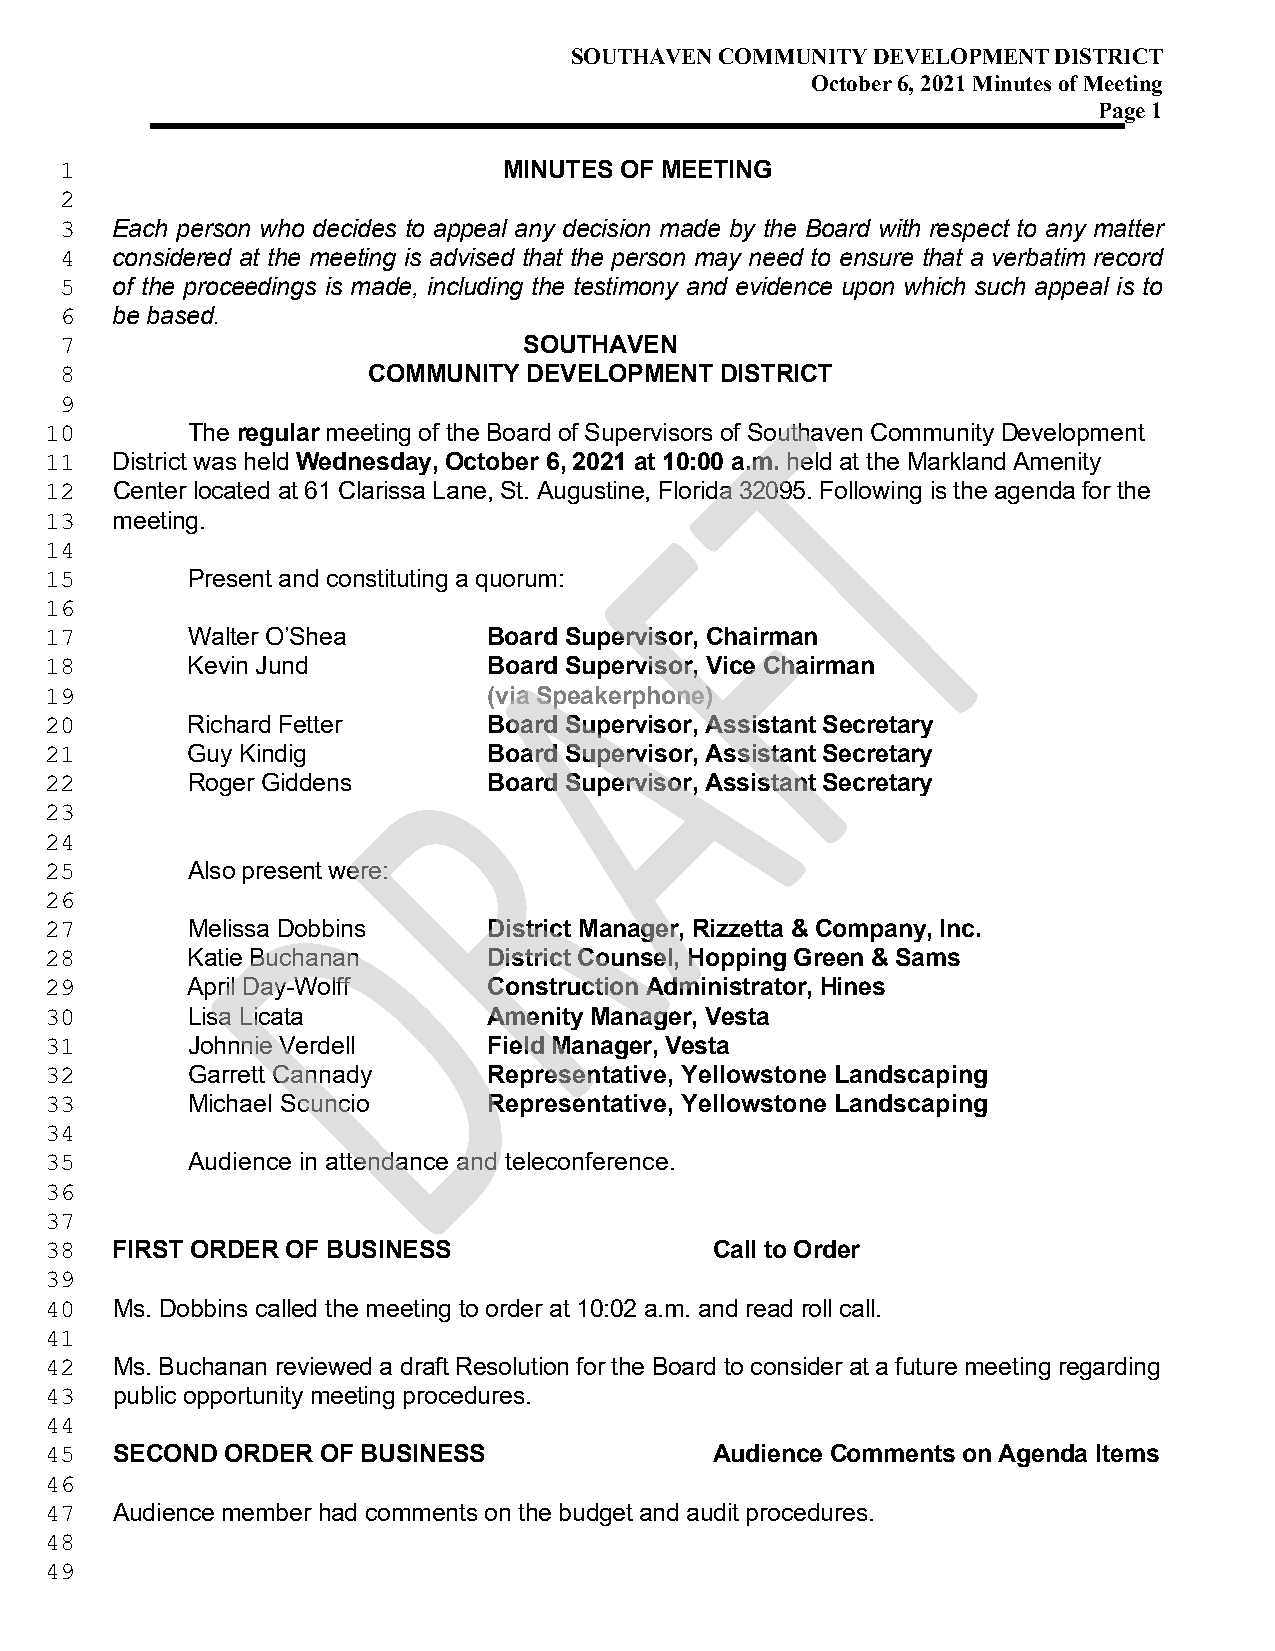
SOUTHAVEN COMMUNITY DEVELOPMENT DISTRICT
 October 6, 2021 Minutes of Meeting
 Page 1
 MINUTES OF MEETING
 1
 2
 Each person who decides to appeal any decision made by the Board with respect to any matter
 3
 considered at the meeting is advised that the person may need to ensure that a verbatim record
 4
 of the proceedings is made, including the testimony and evidence upon which such appeal is to
 5
 be based.
 6
 SOUTHAVEN
 7
 COMMUNITY  DEVELOPMENT  DISTRICT
 8
 9
 The regular meeting of the Board of Supervisors of Southaven Community Development
 10
 District was held Wednesday, October 6, 2021 at 10:00 a.m. held at the Markland Amenity
 11
 Center located at 61 Clarissa Lane, St. Augustine, Florida 32095. Following is the agenda for the
 12
 meeting.
 13
 14
 Present and constituting a quorum:
 15
 16
 Walter O’Shea       Board Supervisor, Chairman
 17
 Kevin Jund          Board Supervisor, Vice Chairman
 18
 (via Speakerphone)
 19
 Richard Fetter      Board Supervisor, Assistant Secretary
 20
 Guy Kindig          Board Supervisor, Assistant Secretary
 21
 Roger Giddens       Board Supervisor, Assistant Secretary
 22
 23
 24
 Also present were:
 25
 26
 Melissa Dobbins     District Manager, Rizzetta & Company, Inc.
 27
 Katie Buchanan      District Counsel, Hopping Green & Sams
 28
 April Day-Wolff     Construction Administrator, Hines
 29
 Lisa Licata         Amenity Manager, Vesta
 30
 Johnnie Verdell     Field Manager, Vesta
 31
 Garrett Cannady     Representative, Yellowstone Landscaping
 32
 Michael Scuncio     Representative, Yellowstone Landscaping
 33
 34
 Audience in attendance and teleconference.
 35
 36
 37
 FIRST ORDER OF BUSINESS                 Call to Order
 38
 39
 Ms. Dobbins called the meeting to order at 10:02 a.m. and read roll call.
 40
 41
 Ms. Buchanan reviewed a draft Resolution for the Board to consider at a future meeting regarding
 42
 public opportunity meeting procedures.
 43
 44
 SECOND  ORDER OF BUSINESS               Audience Comments on Agenda Items
 45
 46
 Audience member had comments on the budget and audit procedures.
 47
 48
 49